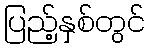
ပြည့်နှစ်တွင်